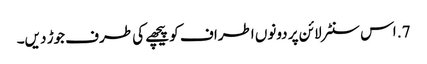
7. اس سنٹر لائن پر دونوں اطراف کو پیچھے کی طرف جوڑ دیں۔